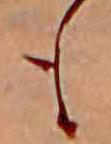
も